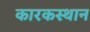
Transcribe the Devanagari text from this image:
कारकस्थान